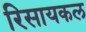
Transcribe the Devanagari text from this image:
रिसायकल